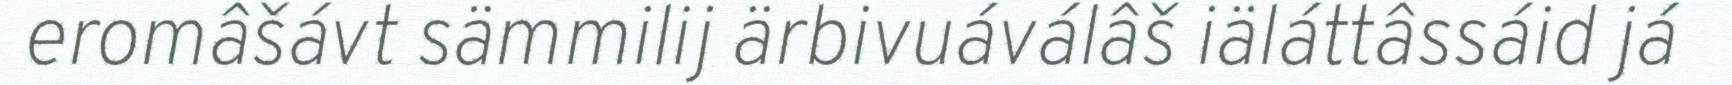
eromâšávt sämmilij ärbivuáválâš iäláttâssáid já